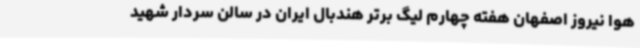
هوا نیروز اصفهان هفته چهارم لیگ برتر هندبال ایران در سالن سردار شهید